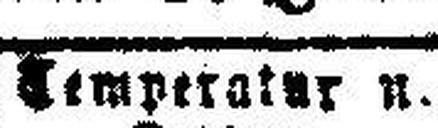
###emperater u.